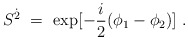
\begin{align*}S^{\dot{2}} ~=~ {\rm exp}[-\frac{i}{2}(\phi_1-\phi_2)]~.\end{align*}